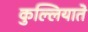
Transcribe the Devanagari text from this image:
कुल्लियाते